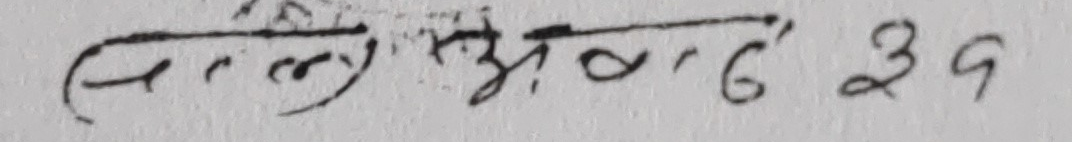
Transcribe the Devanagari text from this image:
सिली अक्टोबर ३१